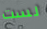
لست